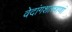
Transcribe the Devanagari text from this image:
वेदांगशास्त्राणां